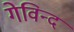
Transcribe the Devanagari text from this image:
गेविन्द